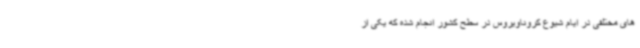
های مختلفی در ایام شیوع کروناویروس در سطح کشور انجام شده که یکی از